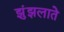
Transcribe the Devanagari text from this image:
झुंझलाते